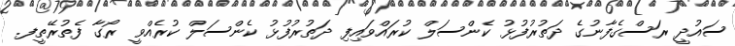
ސައުދީ ރަސްގެފާނުގެ ދަތުރުފުޅު ކެންސަލް ކުރައްވައިފި ދަތުރުފުޅު ކެންސަލް ކުރެއްވީ ރޯގާ ފެތުރޭތީފ.